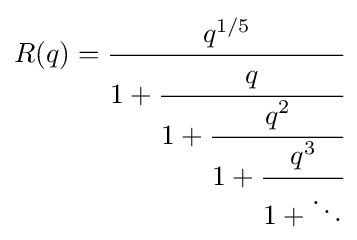
R(q)={\cfrac {q^{1/5}}{1+{\cfrac {q}{1+{\cfrac {q^{2}}{1+{\cfrac {q^{3}}{1+\ddots }}}}}}}}